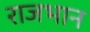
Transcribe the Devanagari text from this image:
राजभान